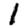
Digit: 1